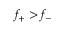
f _ { + } > f _ { - }